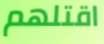
اقتلهم